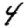
Digit: 4